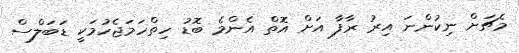
މެޗަށް ނިކުންނަ އިރު ރާފާ އަށް އޮތް އެންމެ ބޮޑު ހިތްހަމަޖެހުމަކީ ޑަބަލްސް